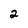
Character: 2